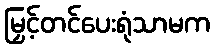
မြှင့်တင်ပေးရုံသာမက